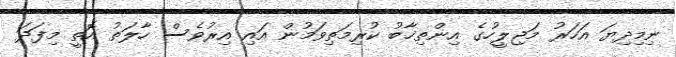
ނިމިދިޔަ އަހަރު މަޖިލީހުގެ އިންތިޚާބު ކުރިމަތިވަމުން އައި އިރުވެސް ހާލަތު އޮތީ މިފަދަ